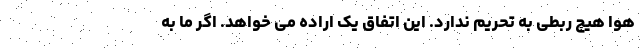
هوا هیچ ربطی به تحریم ندارد. این اتفاق یک اراده می خواهد. اگر ما به